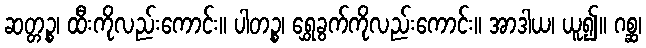
ဆတ္တဉ္စ၊ ထီးကိုလည်းကောင်း။ ပါတဉ္စ၊ ရွှေခွက်ကိုလည်းကောင်း။ အာဒါယ၊ ယူ၍။ ဂစ္ဆ၊